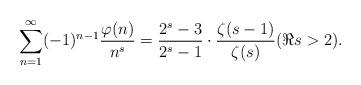
LaTeX: \begin{align*} \sum_{n=1}^{\infty} (-1)^{n-1} \frac{\varphi(n)}{n^s} =\frac{2^s-3}{2^s-1} \cdot \frac{\zeta(s-1)}{\zeta(s)} (\Re s>2).\end{align*}